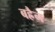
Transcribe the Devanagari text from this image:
बह्रैन